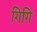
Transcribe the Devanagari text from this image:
गिगि